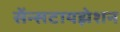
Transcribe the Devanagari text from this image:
सेंन्सटायझेशन